Vaccination Hyderabad 1872-1889 - 1872-1889
Year: 1872
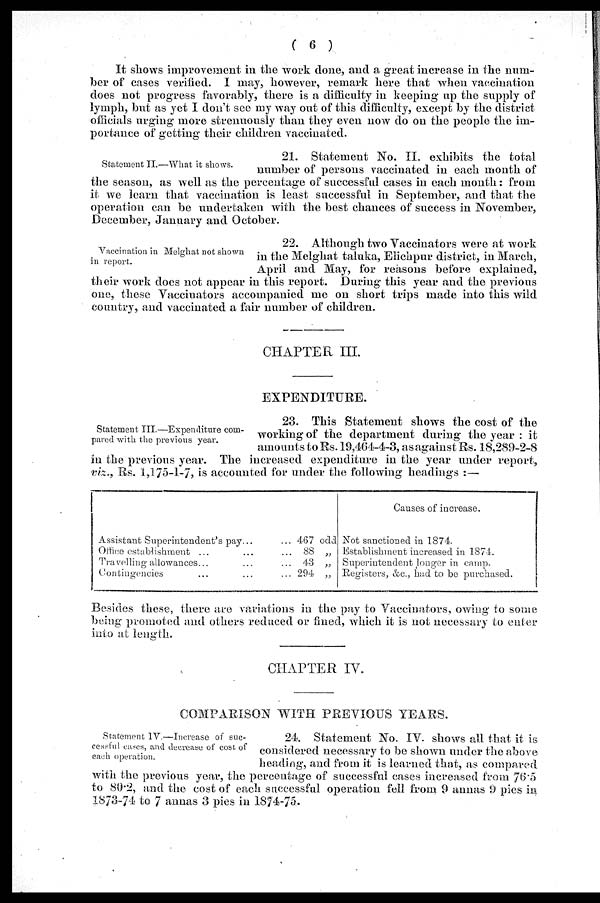
( 6 )
It shows improvement in the work done, and a great increase in the num-
ber of cases verified. I may, however, remark here that when vaccination
does not progress favorably, there is a difficulty in keeping up the supply of
lymph, but as yet I don't see my way out of this difficulty, except by the district
officials urging more strenuously than they even now do on the people the im-
portance of getting their children vaccinated.
Statement II.—What it shows.
21. Statement No. II. exhibits the total
number of persons vaccinated in each month of
the season, as well as the percentage of successful cases in each month: from
it we learn that vaccination is least successful in September, and that the
operation can be undertaken with the best chances of success in November,
December, January and October.
Vaccination in Melghat not shown
in report.
22. Although two Vaccinators were at work
in the Melghat taluka, Elichpur district, in March,
April and May, for reasons before explained,
their work does not appear in this report. During this year and the previous
one, these Vaccinators accompanied me on short trips made into this wild
country, and vaccinated a fair number of children.
CHAPTER III.
EXPENDITURE.
Statement III.—Expenditure com-
pared with the previous year.
23. This Statement shows the cost of the
working of the department during the year : it
amounts to Rs. 19,464-4-3, as against Rs. 18,289-2-8
in the previous year. The increased expenditure in the year under report,
viz., Rs. 1,175-1-7, is accounted for under the following headings :—
Assistant Superintendent's pay... ...
Office establishment ... ... ...
Travelling allowances... ... ...
Contingencies ... ... ...
467 odd
88 „
43 „
294 „
Causes of increase.
Not sanctioned in 1874.
Establishment increased in 1874.
Superintendent longer in camp.
Registers, &c., had to be purchased.
Besides these, there are variations in the pay to Vaccinators, owing to some
being promoted and others reduced or fined, which it is not necessary to enter
into at length.
CHAPTER IV.
COMPARISON WITH PREVIOUS YEARS.
Statement IV.—Increase of suc-
cessful cases, and decrease of cost of
each operation.
24. Statement No. IV. shows all that it is
considered necessary to be shown under the above
heading, and from it is learned that, as compared
with the previous year, the percentage of successful cases increased from 76.5
to 80.2, and the cost of each successful operation fell from 9 annas 9 pies in
1873-74 to 7 annas 3 pies in 1874-75.